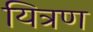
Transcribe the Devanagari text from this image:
यित्रण